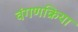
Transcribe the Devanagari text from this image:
वंगणक्रिया